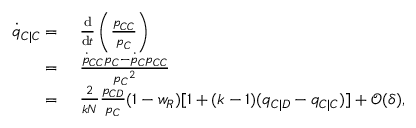
\begin{array} { r l } { \dot { q } _ { C | C } = } & { { } ~ \frac { \mathrm { d } } { \mathrm { d } t } \left( \frac { p _ { C C } } { p _ { C } } \right) } \\ { = } & { { } ~ \frac { \dot { p } _ { C C } p _ { C } - \dot { p } _ { C } p _ { C C } } { { p _ { C } } ^ { 2 } } } \\ { = } & { { } ~ \frac { 2 } { k N } \frac { p _ { C D } } { p _ { C } } ( 1 - w _ { R } ) [ 1 + ( k - 1 ) ( q _ { C | D } - q _ { C | C } ) ] + \mathcal { O } ( \delta ) , } \end{array}